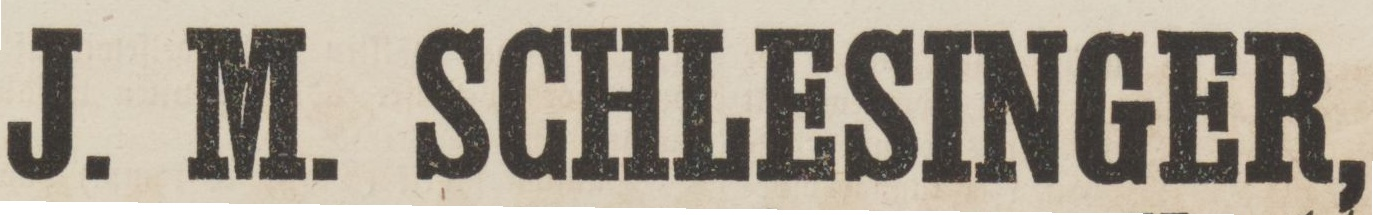
J. M. SCHLESINGER,